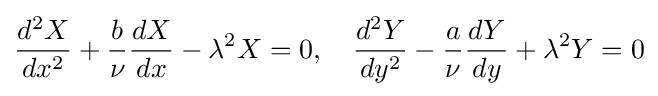
{\frac {d^{2}X}{dx^{2}}}+{\frac {b}{\nu }}{\frac {dX}{dx}}-\lambda ^{2}X=0,\quad {\frac {d^{2}Y}{dy^{2}}}-{\frac {a}{\nu }}{\frac {dY}{dy}}+\lambda ^{2}Y=0